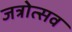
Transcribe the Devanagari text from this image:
जत्रोत्सव